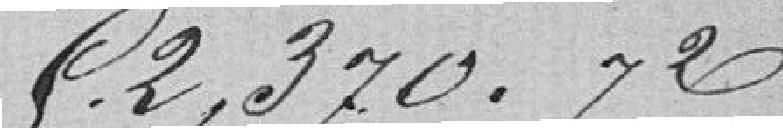
2370.72